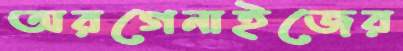
অরগেনাইজের